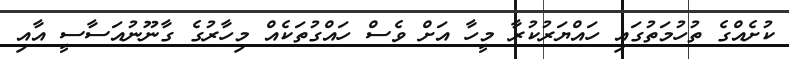
ކުށެއްގެ ތުހުމަތުގައި ހައްޔަރުކުރާ މީހާ އަށް ވެސް ހައްގުތަކެއް މިހާރުގެ ގާނޫނުއަސާސީ އާއި